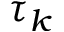
\tau _ { k }